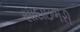
સાદાઇભરી